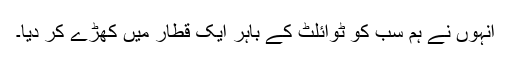
انہوں نے ہم سب کو ٹوائلٹ کے باہر ایک قطار میں کھڑے کر دیا۔